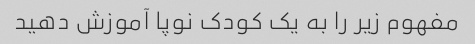
مفهوم زیر را به یک کودک نوپا آموزش دهید